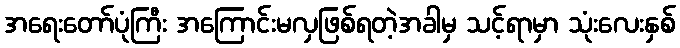
အရေးတော်ပုံကြီး အကြောင်းမလှဖြစ်ရတဲ့အခါမှ သင့်ရာမှာ သုံးလေးနှစ်